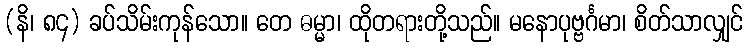
(နိ၊ ၈၄) ခပ်သိမ်းကုန်သော။ တေ ဓမ္မာ၊ ထိုတရားတို့သည်။ မနောပုဗ္ဗင်္ဂမာ၊ စိတ်သာလျှင်